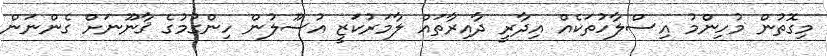
މިގޮތުން މުހިންމު އިސްލާހުތަކެއް އިދާރީ ދާއިރާތައް ލާމަރުކަޒީ އުސޫލުން ހިންގުމުގެ ޤާނޫނަށް ގެންނަން